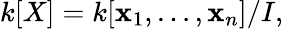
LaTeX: k[X]=k[\mathbf{x}_{1},\dots,\mathbf{x}_{n}]/I,